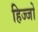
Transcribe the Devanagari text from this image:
हिज्जो